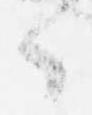
々